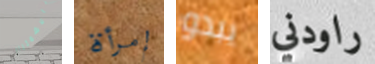
بالاشمئزاز إمرأة يبدو راودني